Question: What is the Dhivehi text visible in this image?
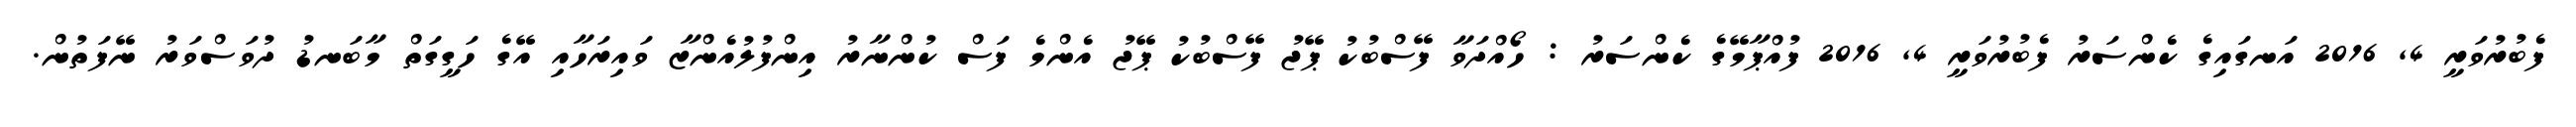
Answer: ފެބުރުވަރީ 4, 2016 އަނގައިގެ ކެންސަރު ފެބުރުވަރީ 4, 2016 ފުއްޕާމޭގެ ކެންސަރު : ހޯއްދަވާ ފޭސްބުކު ޕޭޖު ފޭސްބުކު ޕޭޖު އެންމެ ފަސް ކުންނާރު އިންފުލުއެންޒާ ވައިރަހާއި އޭގެ ހަގީގަތް މާބަނޑު ދުވަސްވަރު ނޭފަތުން.